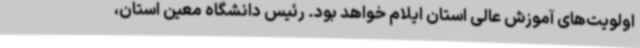
اولویت‌های آموزش عالی استان ایلام خواهد بود. رئیس دانشگاه معین استان،